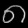
Digit: ၈